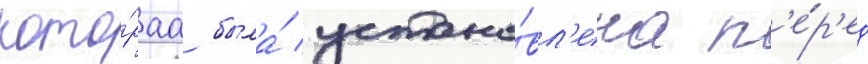
кото́раа была́ устано́вл'ена п'е́р'ед